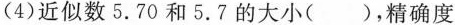
(4)近似数5.70和5.7的大小( )，精确度